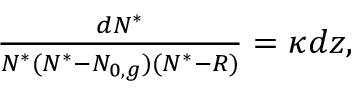
\begin{array} { r } { \frac { d N ^ { * } } { N ^ { * } ( N ^ { * } - N _ { 0 , g } ) ( N ^ { * } - R ) } = \kappa d z , } \end{array}